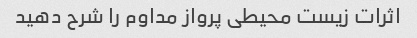
اثرات زیست محیطی پرواز مداوم را شرح دهید